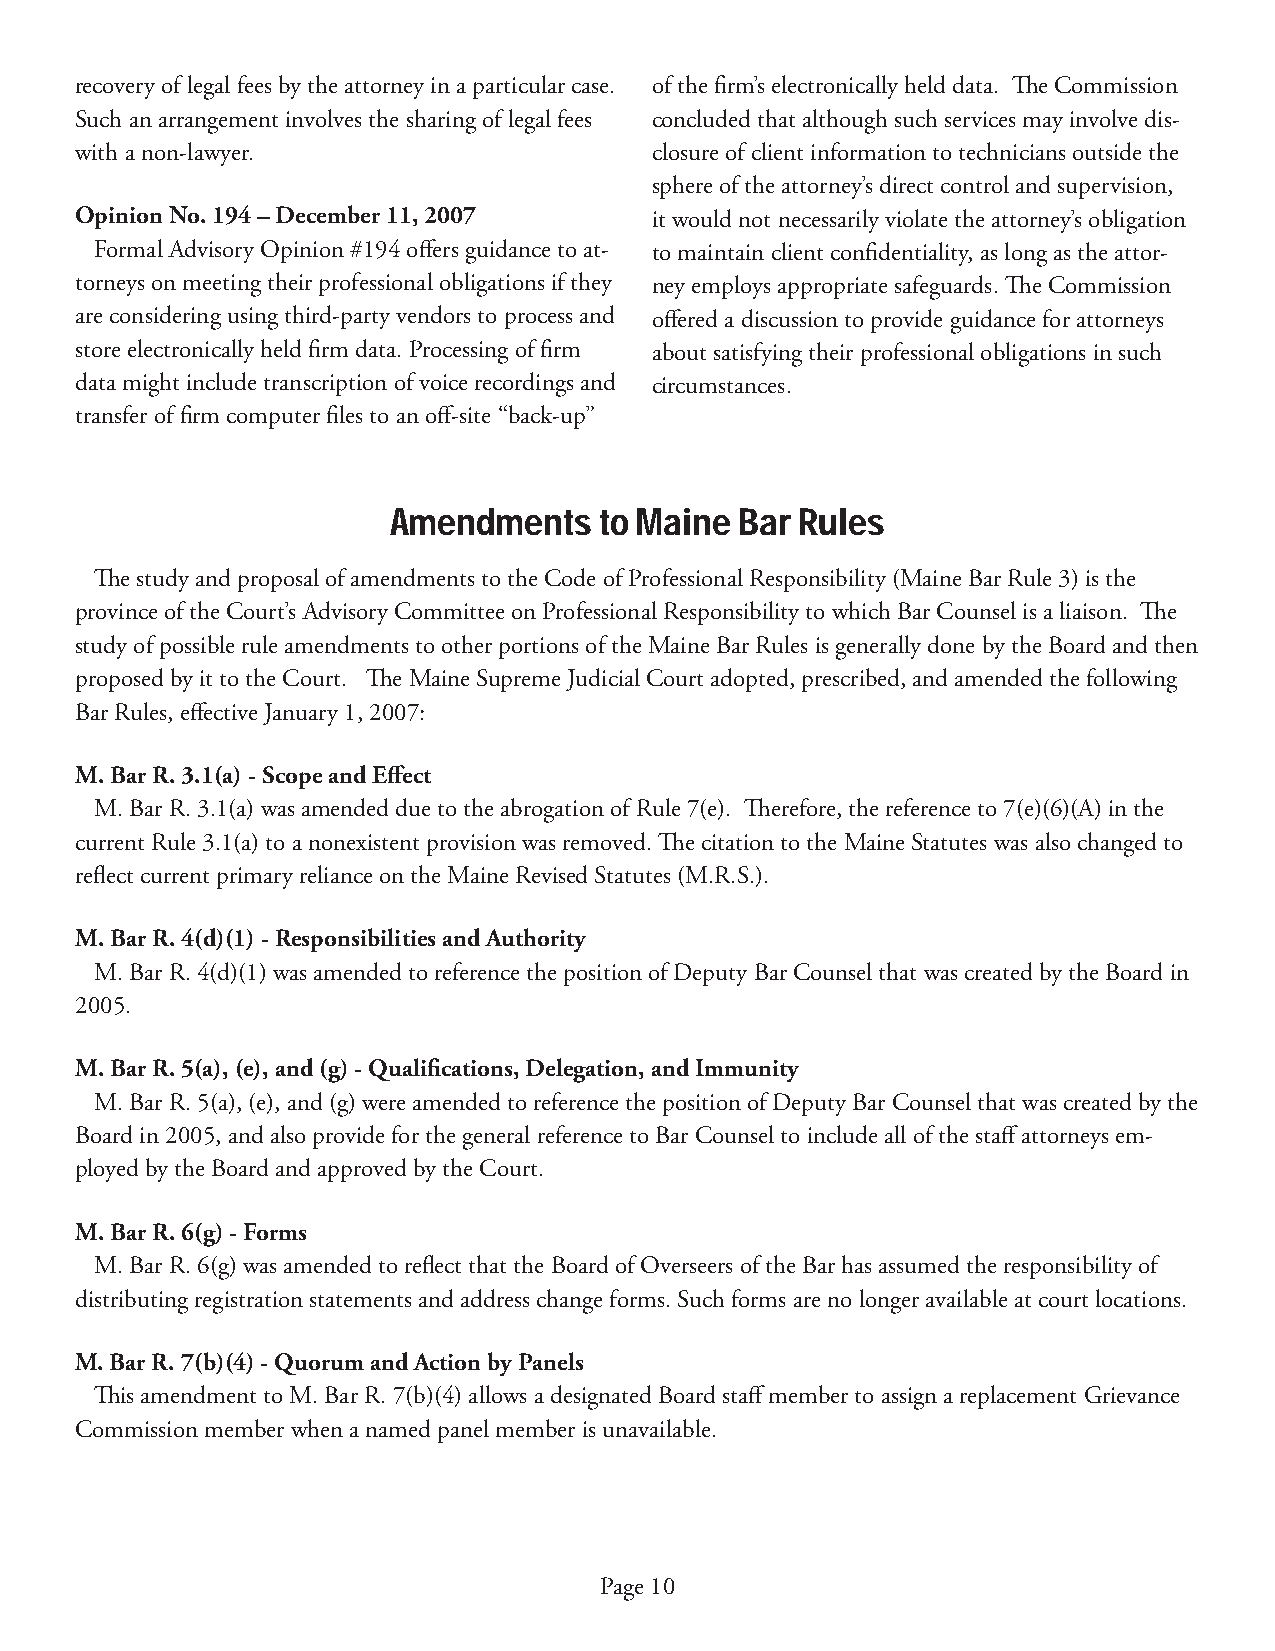
recovery of legal fees by the attorney in a particular case. of the fi rm’s electronically held data. Th e Commission
 Such an arrangement involves the sharing of legal fees concluded that although such services may involve dis-
 with a non-lawyer.                    closure of client information to technicians outside the
 sphere of the attorney’s direct control and supervision,
 Opinion No. 194 – December 11, 2007   it would not necessarily violate the attorney’s obligation
 Formal Advisory Opinion #194 off ers guidance to at- to maintain client confi dentiality, as long as the attor-
 torneys on meeting their professional obligations if they ney employs appropriate safeguards. Th e Commission
 are considering using third-party vendors to process and off ered a discussion to provide guidance for attorneys
 store electronically held fi rm data. Processing of fi rm about satisfying their professional obligations in such
 data might include transcription of voice recordings and circumstances.
 transfer of fi rm computer fi les to an off -site “back-up”
 Amendments    to Maine Bar Rules
 Th e study and proposal of amendments to the Code of Professional Responsibility (Maine Bar Rule 3) is the
 province of the Court’s Advisory Committee on Professional Responsibility to which Bar Counsel is a liaison. Th e
 study of possible rule amendments to other portions of the Maine Bar Rules is generally done by the Board and then
 proposed by it to the Court. Th e Maine Supreme Judicial Court adopted, prescribed, and amended the following
 Bar Rules, eff ective January 1, 2007:
 M. Bar R. 3.1(a) - Scope and Eff ect
 M. Bar R. 3.1(a) was amended due to the abrogation of Rule 7(e). Th erefore, the reference to 7(e)(6)(A) in the
 current Rule 3.1(a) to a nonexistent provision was removed. Th e citation to the Maine Statutes was also changed to
 refl ect current primary reliance on the Maine Revised Statutes (M.R.S.).
 M. Bar R. 4(d)(1) - Responsibilities and Authority
 M. Bar R. 4(d)(1) was amended to reference the position of Deputy Bar Counsel that was created by the Board in
 2005.
 M. Bar R. 5(a), (e), and (g) - Qualifi cations, Delegation, and Immunity
 M. Bar R. 5(a), (e), and (g) were amended to reference the position of Deputy Bar Counsel that was created by the
 Board in 2005, and also provide for the general reference to Bar Counsel to include all of the staff attorneys em-
 ployed by the Board and approved by the Court.
 M. Bar R. 6(g) - Forms
 M. Bar R. 6(g) was amended to refl ect that the Board of Overseers of the Bar has assumed the responsibility of
 distributing registration statements and address change forms. Such forms are no longer available at court locations.
 M. Bar R. 7(b)(4) - Quorum and Action by Panels
 Th is amendment to M. Bar R. 7(b)(4) allows a designated Board staff member to assign a replacement Grievance
 Commission member when a named panel member is unavailable.
 Page 10